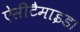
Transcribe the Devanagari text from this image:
ऐसीटैमाइड।